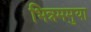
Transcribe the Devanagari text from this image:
भिन्नममुया